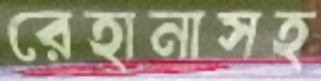
রেহানাসহ